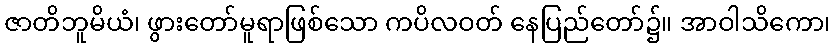
ဇာတိဘူမိယံ၊ ဖွားတော်မူရာဖြစ်သော ကပိလဝတ် နေပြည်တော်၌။ အာဝါသိကော၊